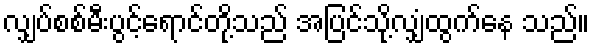
လျှပ်စစ်မီးပွင့်ရောင်တို့သည် အပြင်သို့လျှံထွက်နေ သည်။